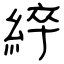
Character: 綷